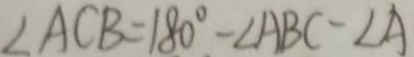
\angle A C B = 1 8 0 ^ { \circ } - \angle A B C - \angle A